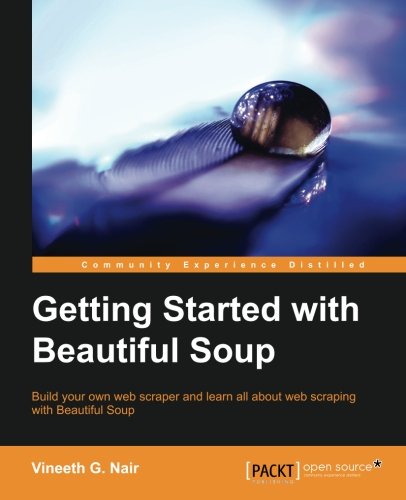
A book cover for Getting Started with Beautiful Soup; Vineeth G. Nair; Computers & Technology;